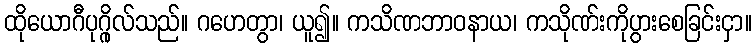
ထိုယောဂီပုဂ္ဂိုလ်သည်။ ဂဟေတွာ၊ ယူ၍။ ကသိဏဘာဝနာယ၊ ကသိုဏ်းကိုပွားစေခြင်းငှာ။